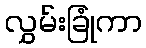
လွှမ်းခြုံကာ